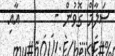
ސަލާމް ގޮވުން -       އާއި